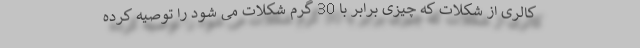
کالری از شکلات که چیزی برابر با 30 گرم شکلات می شود را توصیه کرده